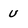
Character: u